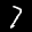
Label: 7